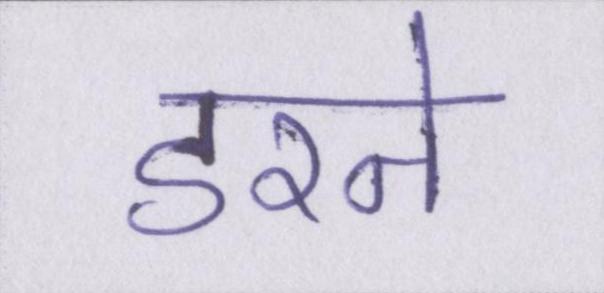
डरने